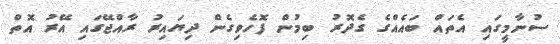
ސުނާމީގައި އެތައް ބައެއްގެ ގެދޮރު ބިމުން ފޮހެވިގެން ދިޔައިރު ރާއްޖޭގައި އޭރު އޮތް